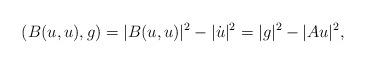
LaTeX: \begin{align*}(B(u,u),g)=|B(u,u)|^2-|\dot{u}|^2=|g|^2-|Au|^2,\end{align*}